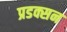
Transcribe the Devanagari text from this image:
प्रडक्सन